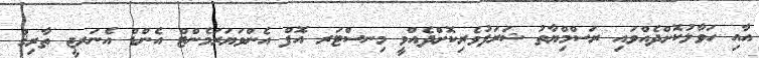
އާއި ހަވާލުކޮށްދެއްވައި ރަސްމިްޔާތު ޝަރަފުވެރިކޮށްދެއްވީ މިނސްޓަރ އޮފް އެންވަޔަރަމެންޓް އެންޑް އެނަރޖީ ތާރިޤް